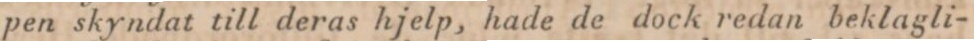
pen skyndat till deras hjelp, hade de dock redan beklagli-